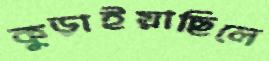
কুড়াইয়াছিলে